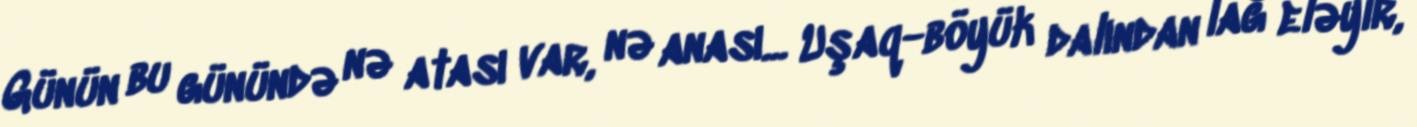
Günün bu günündə nə atası var, nə anası... Uşaq-böyük dalından lağ eləyir,